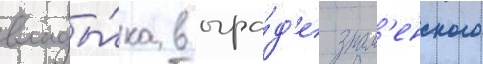
влады́ка в огра́д'е знам'енского